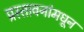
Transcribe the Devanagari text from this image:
प्रस्तावनांमधून